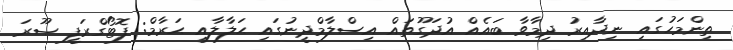
ތިންމަހުގައި ނިދާއިރު ދިމާވާ ބައެއް އުދަގޫތައް އިސްލާމްދީނުގައި ޙަލާލާއި ޙަރާމް: ފޮޓޯގްރަފީ ޞޫރަ